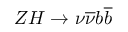
Z H \rightarrow \nu \overline { { \nu } } b \overline { { b } }